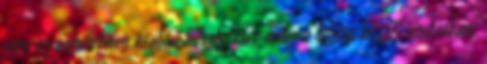
erre az önkéntelen csalási késztetésre milyen biztos kézzel mutattam